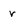
Character: r